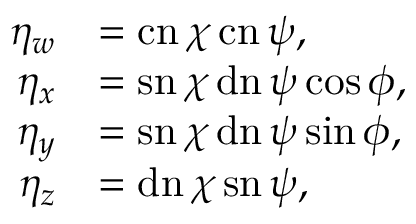
{ \begin{array} { r l } { \eta _ { w } } & { = \operatorname { c n } \chi \operatorname { c n } \psi , } \\ { \eta _ { x } } & { = \operatorname { s n } \chi \operatorname { d n } \psi \cos \phi , } \\ { \eta _ { y } } & { = \operatorname { s n } \chi \operatorname { d n } \psi \sin \phi , } \\ { \eta _ { z } } & { = \operatorname { d n } \chi \operatorname { s n } \psi , } \end{array} }